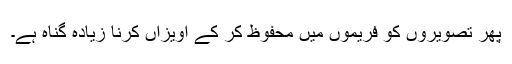
پھر تصویروں کو فریموں میں محفوظ کر کے آویزاں کرنا زیادہ گناہ ہے۔